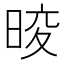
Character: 𭦑